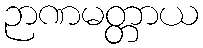
ဉာဏမတ္တာယ